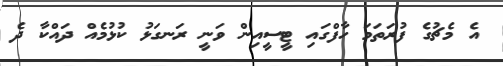
އެ މެޗުގެ ފުރަތަމަ ހާފްގައި ޓީސީއިން ވަނީ ރަނގަޅު ކުޅުމެއް ދައްކާ ދެ